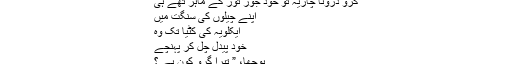
گرو درونا چاریہ تو خود جوڑ توڑ کے ماہر تھے ہی
اپنے چیلوں کی سنگت میں
ایکلویہ کی کٹیا تک وہ
خود پیدل چل کر پہنچے
پوچھا، ” تیرا گُرو کون ہے ؟